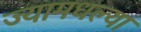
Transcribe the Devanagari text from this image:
ज्यामधल्या